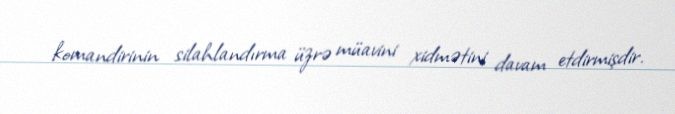
komandirinin silahlandırma üzrə müavini xidmətini davam etdirmişdir.